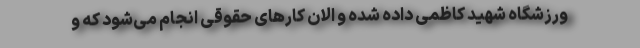
ورزشگاه شهید کاظمی داده شده و الان کارهای حقوقی انجام می‌شود که و